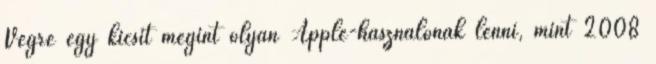
Végre egy kicsit megint olyan Apple-használónak lenni, mint 2008